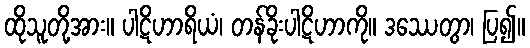
ထိုသူတို့အား။ ပါဋိဟာရိယံ၊ တန်ခိုးပါဋိဟာကို။ ဒဿေတွာ၊ ပြ၍။